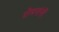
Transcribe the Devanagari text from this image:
रोमनांनीं